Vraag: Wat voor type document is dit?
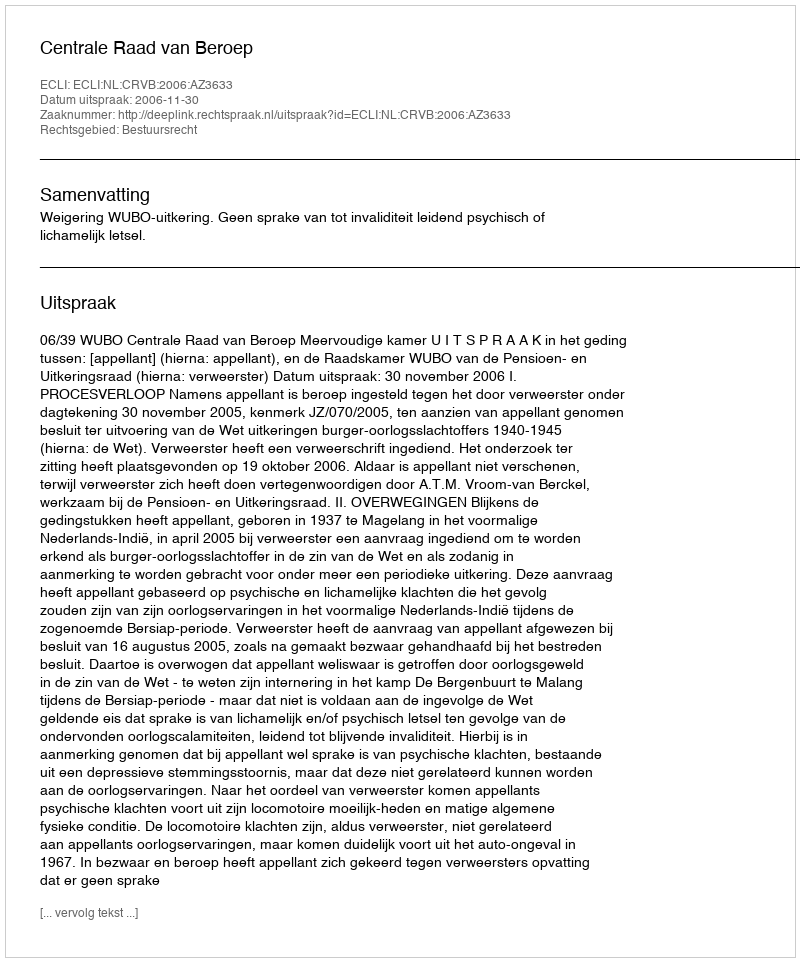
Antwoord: Uitspraak